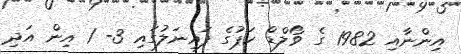
އިންނާއި 1982 ގެ ވޯލްޑް ކަޕުގެ ފައިނަލުގައި 3- 1 އިން އަދި